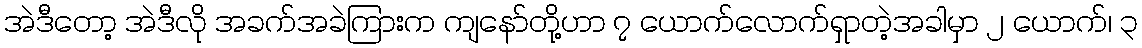
အဲဒီတော့ အဲဒီလို အခက်အခဲကြားက ကျနော်တို့ဟာ ၇ ယောက်လောက်ရှာတဲ့အခါမှာ ၂ ယောက်၊ ၃